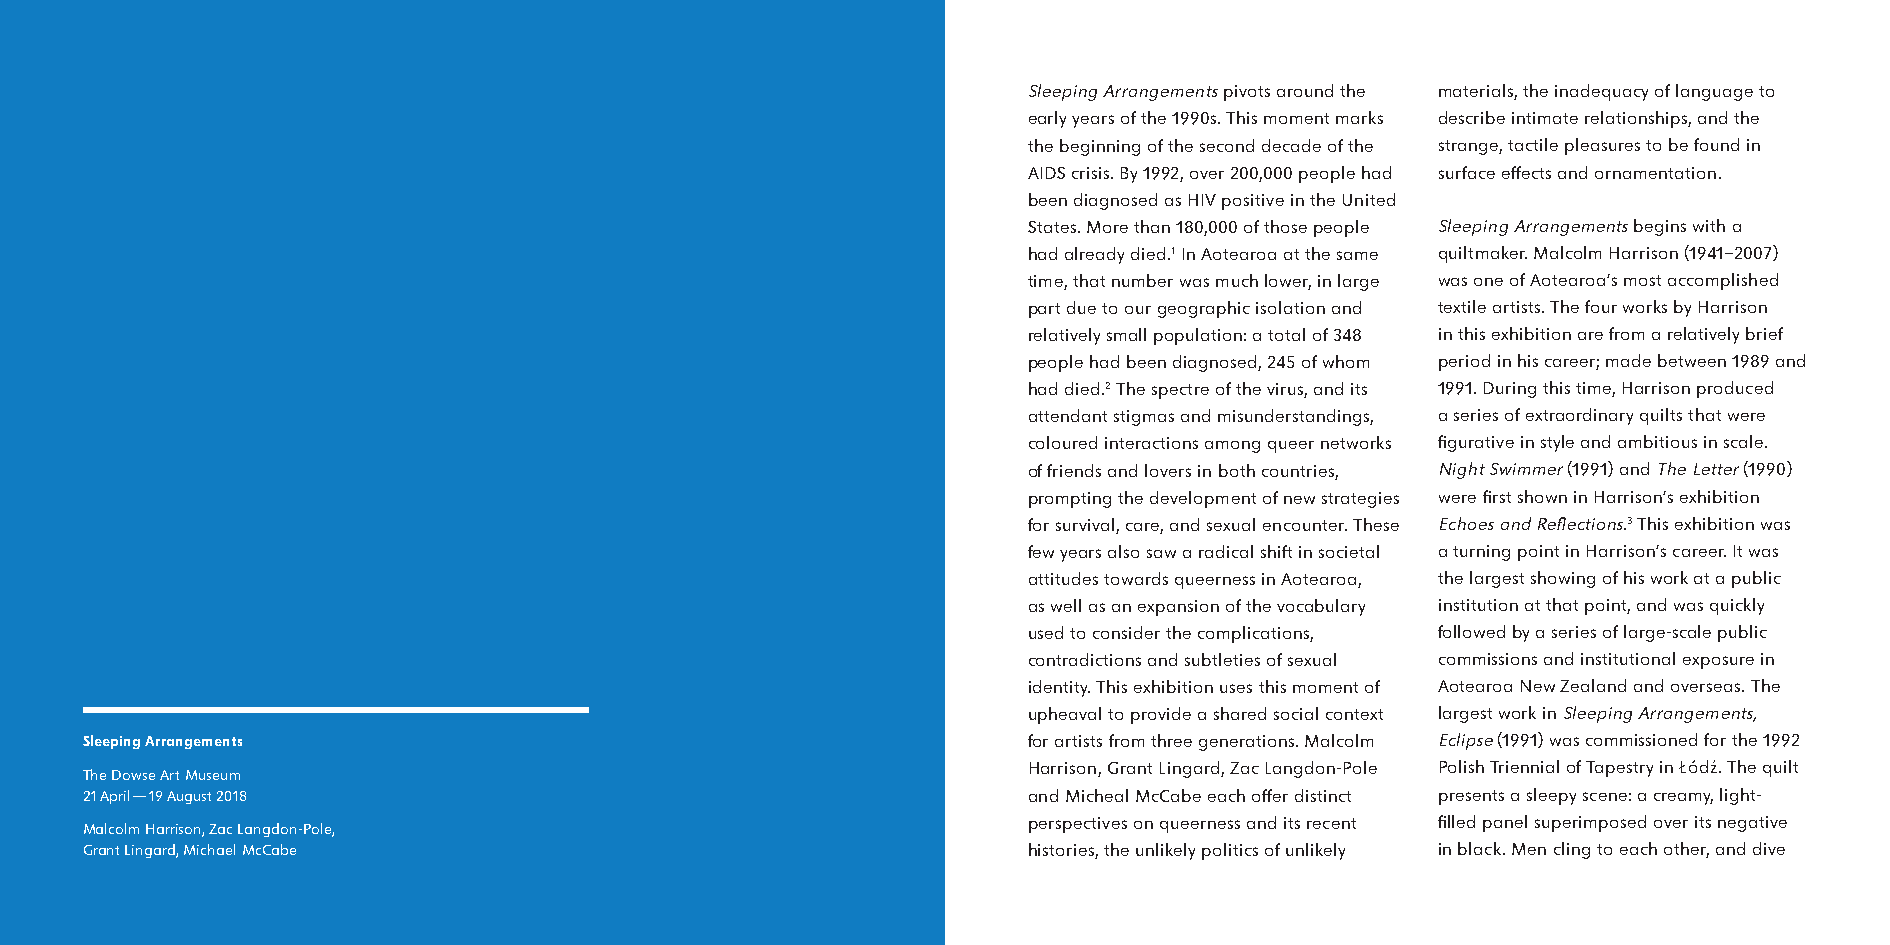
Sleeping Arrangements pivots around the materials, the inadequacy of language to
 early years of the 1990s. This moment marks describe intimate relationships, and the
 the beginning of the second decade of the strange, tactile pleasures to be found in
 AIDS crisis. By 1992, over 200,000 people had surface effects and ornamentation.
 been diagnosed as HIV positive in the United
 States. More than 180,000 of those people Sleeping Arrangements begins with a
 had already died.1 In Aotearoa at the same quiltmaker. Malcolm Harrison (1941–2007)
 time, that number was much lower, in large was one of Aotearoa’s most accomplished
 part due to our geographic isolation and textile artists. The four works by Harrison
 relatively small population: a total of 348 in this exhibition are from a relatively brief
 people had been diagnosed, 245 of whom period in his career; made between 1989 and
 had died.2 The spectre of the virus, and its 1991. During this time, Harrison produced
 attendant stigmas and misunderstandings, a series of extraordinary quilts that were
 coloured interactions among queer networks figurative in style and ambitious in scale.
 of friends and lovers in both countries, Night Swimmer (1991) and The Letter (1990)
 prompting the development of new strategies were first shown in Harrison’s exhibition
 for survival, care, and sexual encounter. These Echoes and Reflections.3 This exhibition was
 few years also saw a radical shift in societal a turning point in Harrison’s career. It was
 attitudes towards queerness in Aotearoa, the largest showing of his work at a public
 as well as an expansion of the vocabulary institution at that point, and was quickly
 used to consider the complications, followed by a series of large-scale public
 contradictions and subtleties of sexual commissions and institutional exposure in
 identity. This exhibition uses this moment of Aotearoa New Zealand and overseas. The
 upheaval to provide a shared social context largest work in Sleeping Arrangements,
 Sleeping Arrangements                                          for artists from three generations. Malcolm Eclipse (1991) was commissioned for the 1992
 Harrison, Grant Lingard, Zac Langdon-Pole Polish Triennial of Tapestry in Łódz. The quilt
 The Dowse Art Museum
 21 April—19 August 2018                                        and Micheal McCabe each offer distinct presents a sleepy scene: a creamy, light-
 perspectives on queerness and its recent filled panel superimposed over its negative
 Malcolm Harrison, Zac Langdon-Pole,
 Grant Lingard, Michael McCabe                                  histories, the unlikely politics of unlikely in black. Men cling to each other, and dive